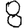
Digit: 8